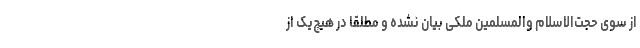
از سوی حجت‌الاسلام والمسلمین ملکی بیان نشده و مطلقا در هیچ‌یک از